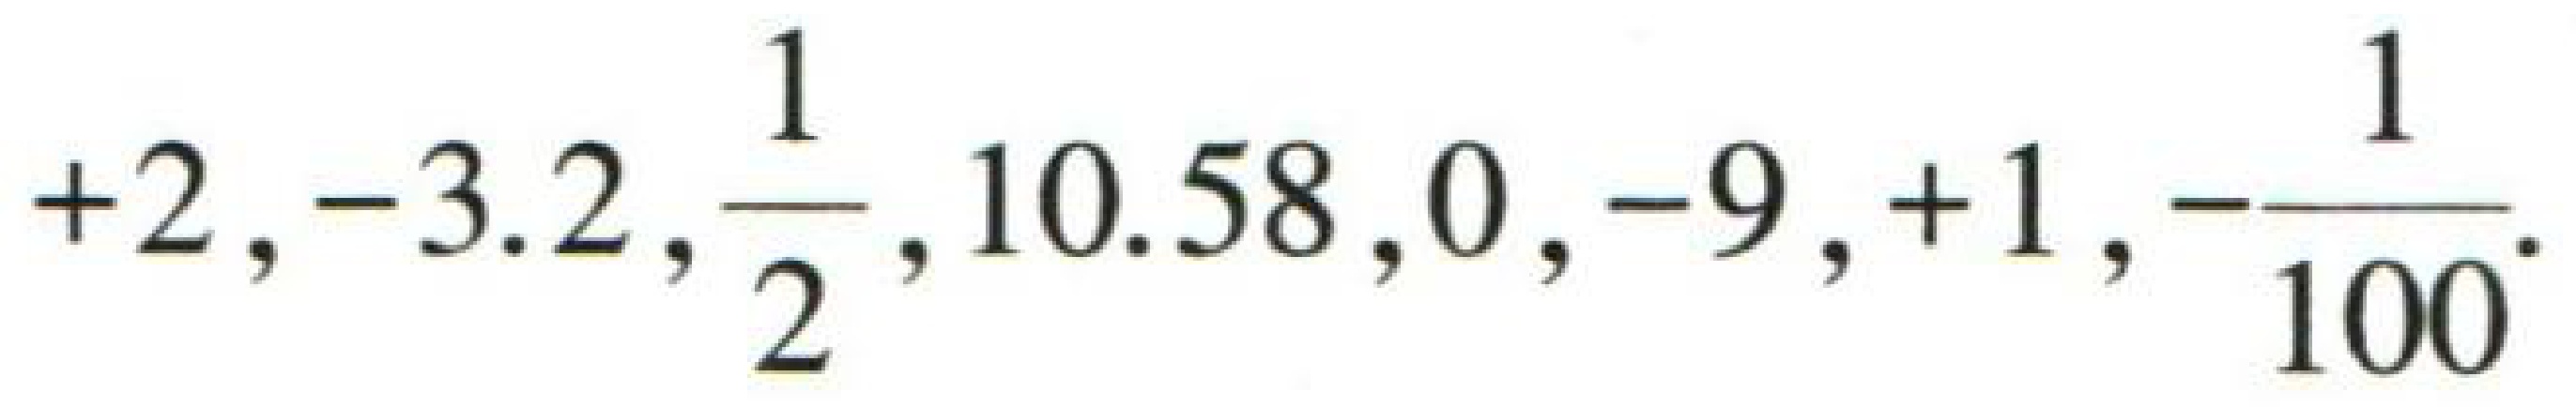
$+2,-3.2,\frac{1}{2},10.58,0,-9,+1,-\frac{1}{100}$